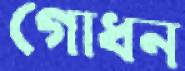
গোধন